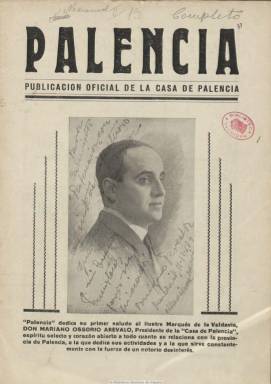
Título: Palencia (Madrid)
Colección: Revistas de información general
Ámbito geográfico: Madrid
Lugar de publicación: Madrid
Fechas: 01/12/1934-15/12/1935

Con el subtítulo “publicación oficial de la Casa de Palencia” en Madrid, lugar este el de su edición, aparece su primer número en diciembre de 1934, con cubiertas ilustradas en las que aparecen retratos de su presidente, Mariano Ossorio Arévalo, marqués de Valdavia y político, y altos cargos de la provincia, como el gobernador civil, el presidente de la Diputación, el alcalde de la ciudad o el obispo de la diócesis, pero también de otros palentinos y palentinas ilustres, como es el caso de la doctora en Medicina Trinidad Arroyo de Márquez, o de “bellas señoritas” o “distinguidas damas”. Su director es Benigno Pereda del Río, y su administrador, Félix Gil. Sus entregas son, generalmente, de dieciséis páginas, con semblanzas y entrevistas laudatorias a personajes palentinos como los citados, reportajes sobre los homenajes y otras actividades culturales o festivas que se desarrollan en la Casa de Palencia, acompañados de fotografías, y noticias varias de sociedad, como enlaces matrimoniales. Inserta también anuncios publicitarios. El número 13, de diciembre de 1935, es el último de la colección de la Biblioteca Nacional de España. Ossorio Arévalo sería nombrado concejal del Ayuntamiento de Madrid en 1939.